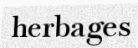
herbages